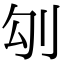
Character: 𠚸